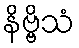
နိဗ္ဗိသံ